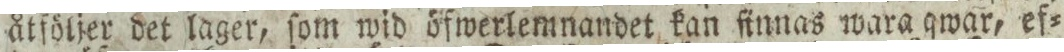
åtföljer det lager, ſom wid öfwerlemnandet kan finnas wara qwar, ef=